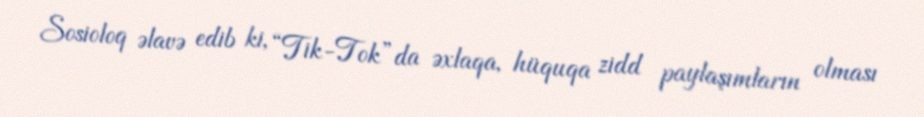
Sosioloq əlavə edib ki, “Tik-Tok”da əxlaqa, hüquqa zidd paylaşımların olması